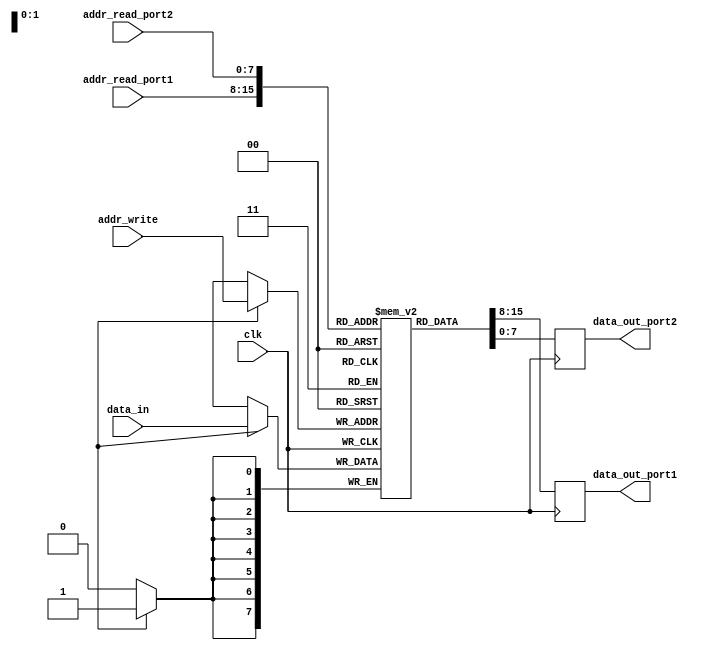
module memory_dual_port_reg_file (
    input wire clk,
    input wire [7:0] addr_read_port1,
    input wire [7:0] addr_read_port2,
    input wire [7:0] addr_write,
    input wire [7:0] data_in,
    output reg [7:0] data_out_port1,
    output reg [7:0] data_out_port2
);

reg [7:0] mem [0:255];

always @(posedge clk) begin
    data_out_port1 <= mem[addr_read_port1];
    data_out_port2 <= mem[addr_read_port2];
    
    if (write_enable) begin
        mem[addr_write] <= data_in;
    end
end

endmodule